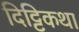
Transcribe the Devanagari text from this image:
दिट्टिकथा